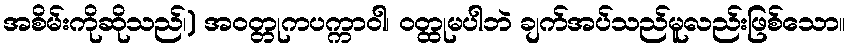
အစိမ်းကိုဆိုသည်၊) အဝတ္တုကပက္ကာဝါ၊ ဝတ္ထုမပါဘဲ ချက်အပ်သည်မူလည်းဖြစ်သော။